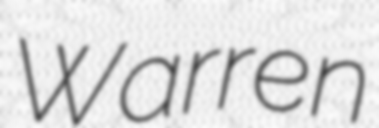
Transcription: Warren